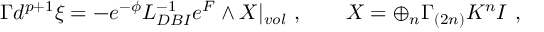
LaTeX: \Gamma d ^ { p + 1 } \xi = - e ^ { - \phi } { \cal L } _ { D B I } ^ { - 1 } e ^ { \cal F } \wedge X | _ { v o l } ~ , \qquad X = \oplus _ { n } \Gamma _ { ( 2 n ) } K ^ { n } I ~ ,